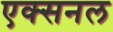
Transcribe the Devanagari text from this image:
एक्सनल